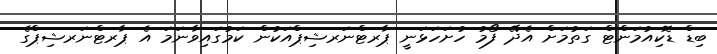
ބިޑް ޑޮކިއުމަންޓް ގަތުމަށް އެދޭ ފޯމު ހުށަހަޅަނީ ޕާރޓްނަރޝިޕްއަކުން ކަމުގައިވާނަމަ އެ ޕާރޓްނަރޝިޕްގެ